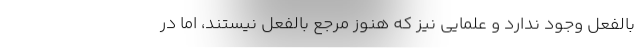
بالفعل وجود ندارد و علمایی نیز که هنوز مرجع بالفعل نیستند، اما در